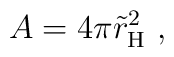
A = 4 \pi \tilde r_{\rm H}^2 \ , \nonumber